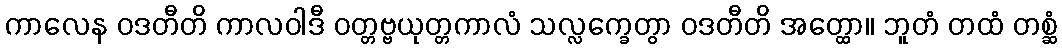
ကာလေန ဝဒတီတိ ကာလဝါဒီ ဝတ္တဗ္ဗယုတ္တကာလံ သလ္လက္ခေတွာ ဝဒတီတိ အတ္ထော။ ဘူတံ တထံ တစ္ဆံ